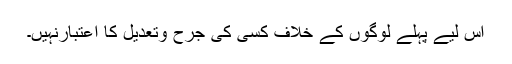
اس لیے پہلے لوگوں کے خلاف کسی کی جرح وتعدیل کا اعتبارنہیں۔